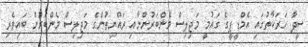
ސީދާ ހަރަކާތުގައި އެމްޑީޕީގެ ގައުމީ މަޖިލިސް މެންބަރުންނާއި ރައްޔިތުންގެ މަޖިލިސް މެންބަރުން ބައިވެރި